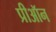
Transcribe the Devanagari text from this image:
प्रीऑन